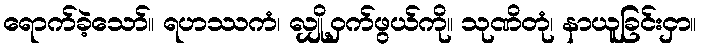
ရောက်ခဲ့သော်။ ရဟဿကံ၊ လျှို့ဝှက်ဖွယ်ကို။ သုဏိတုံ၊ နာယူခြင်းငှာ။